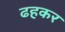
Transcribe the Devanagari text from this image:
ढहकर